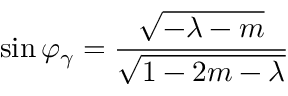
\sin \varphi _ { \gamma } = \frac { \sqrt { - \lambda - m } } { \sqrt { 1 - 2 m - \lambda } }